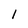
Character: l